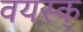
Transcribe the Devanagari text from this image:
वयस्क्